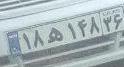
۱۸ه۱۴۸۳۶